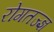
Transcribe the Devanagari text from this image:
रोगतज्ज्ञ